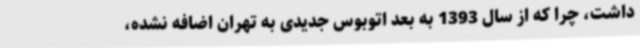
داشت، چرا که از سال 1393 به بعد اتوبوس جدیدی به تهران اضافه نشده،